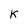
Character: K